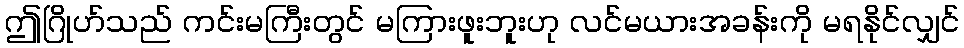
ဤဂြိုဟ်သည် ကင်းမကြီးတွင် မကြားဖူးဘူးဟု လင်မယားအခန်းကို မရနိုင်လျှင်